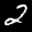
Label: 2